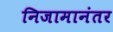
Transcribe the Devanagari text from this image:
निजामानंतर